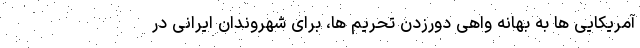
آمریکایی ها به بهانه واهی دورزدن تحریم ها، برای شهروندان ایرانی در